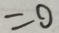
= 9